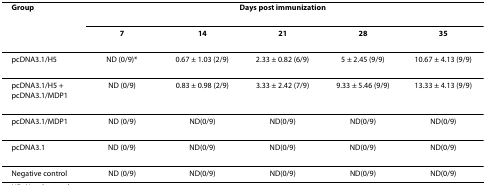
| Group | <COLSPAN=5> Days post immunization |
 |  | 7 | 14 | 21 | 28 | 35 |
 | --- | --- | --- | --- | --- | --- |
 | pcDNA3.1/H5 | ND (0/9)* | 0.67 ± 1.03 (2/9) | 2.33 ± 0.82 (6/9) | 5 ± 2.45 (9/9) | 10.67 ± 4.13 (9/9) |
 | pcDNA3.1/H5 + pcDNA3.1/MDP1 | ND (0/9) | 0.83 ± 0.98 (2/9) | 3.33 ± 2.42 (7/9) | 9.33 ± 5.46 (9/9) | 13.33 ± 4.13 (9/9) |
 | pcDNA3.1/MDP1 | ND (0/9) | ND(0/9) | ND(0/9) | ND(0/9) | ND(0/9) |
 | pcDNA3.1 | ND (0/9) | ND(0/9) | ND(0/9) | ND(0/9) | ND(0/9) |
 | Negative control | ND (0/9) | ND(0/9) | ND(0/9) | ND(0/9) | ND(0/9) |